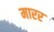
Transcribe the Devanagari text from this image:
मारर